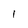
Character: 1